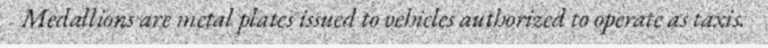
Medallions are metal plates issued to vehicles authorized to operate as taxis.